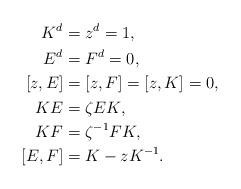
LaTeX: \begin{align*} K^d&=z^d=1,\\ E^d&=F^d=0,\\ [z,E]&=[z,F]=[z,K]=0,\\ KE&=\zeta EK,\\ KF&=\zeta^{-1}FK,\\ [E,F]&=K-zK^{-1}.\end{align*}